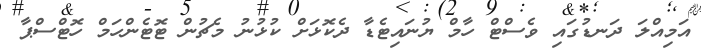
އަމިއްލަ ދަނޑުގައި ވެސްޓް ހާމް ޔުނައިޓެޑާ ދެކޮޅަށް ކުޅުނު މެޗުން ޓޮޓެންހަމް ހޮޓްސްޕާ